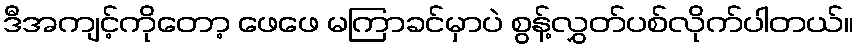
ဒီအကျင့်ကိုတော့ ဖေဖေ မကြာခင်မှာပဲ စွန့်လွှတ်ပစ်လိုက်ပါတယ်။